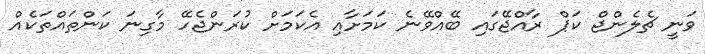
ވަނީ ޗެލެންޖް ކަޕް ރާއްޖޭގައި ބޭއްވޭނެ ކަމަށާއި އެކަމަށް ކުރަންޖެހޭ މާގިނަ ކަންތައްތަކެއް